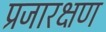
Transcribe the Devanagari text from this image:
प्रजारक्षण